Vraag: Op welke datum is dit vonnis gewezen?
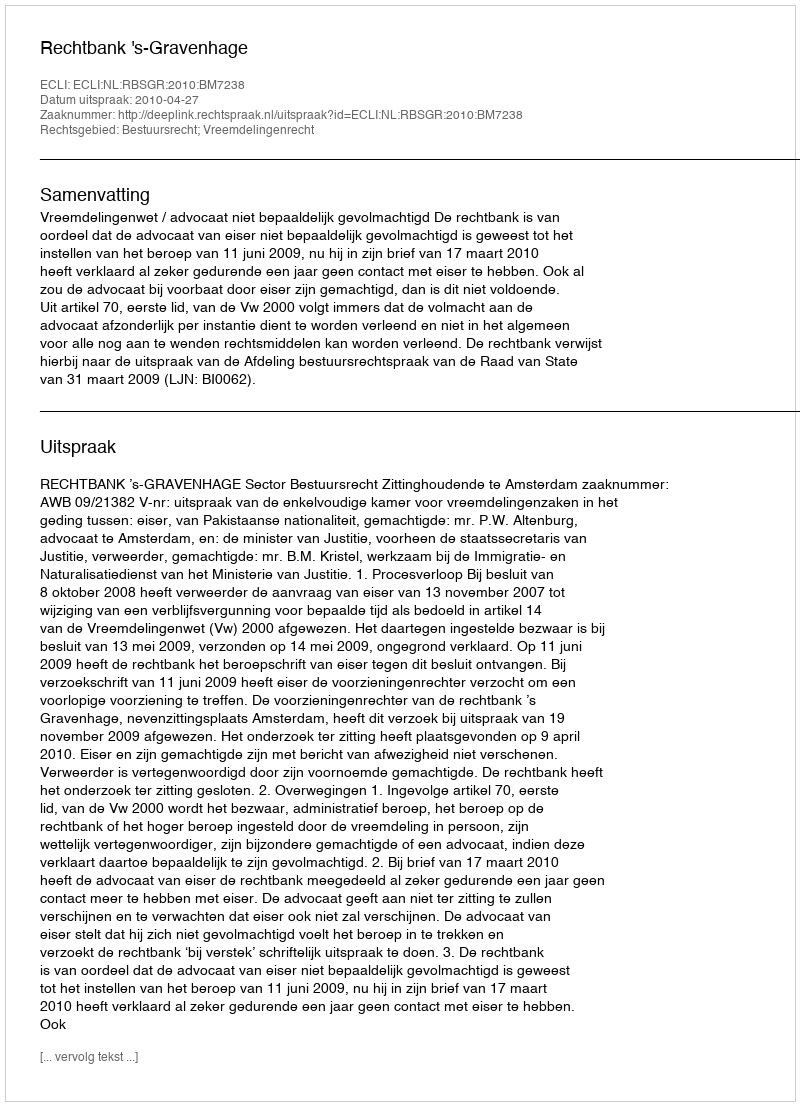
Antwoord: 2010-04-27